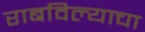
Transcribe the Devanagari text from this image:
राबविल्याचा